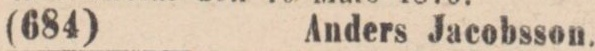
(684)    Anders Jacobsson.